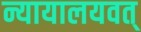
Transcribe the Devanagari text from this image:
न्यायालयवत्